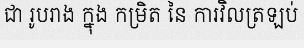
ជា រូបរាង ក្នុង កម្រិត នៃ ការវិលត្រឡប់